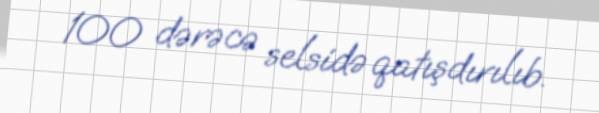
100 dərəcə selsidə qatışdırılıb.